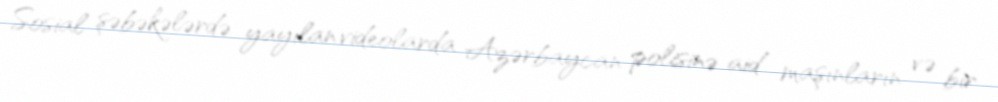
Sosial şəbəkələrdə yayılan videolarda Azərbaycan polisinə aid maşınların və bir